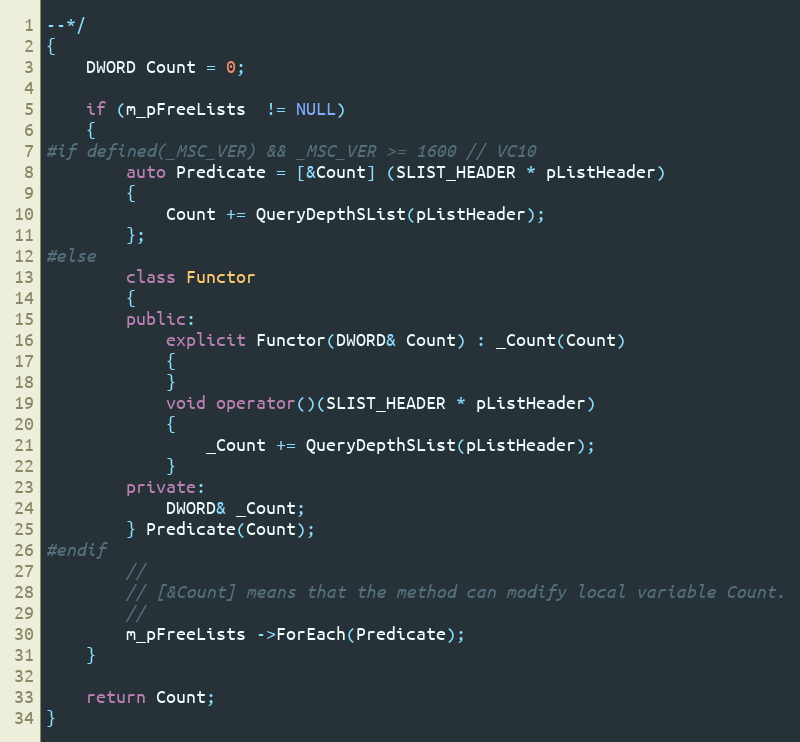
Language: C++
--*/
{
    DWORD Count = 0;

    if (m_pFreeLists  != NULL)
    {
#if defined(_MSC_VER) && _MSC_VER >= 1600 // VC10
        auto Predicate = [&Count] (SLIST_HEADER * pListHeader)
        {
            Count += QueryDepthSList(pListHeader);
        };
#else
        class Functor
        {
        public:
            explicit Functor(DWORD& Count) : _Count(Count)
            {
            }
            void operator()(SLIST_HEADER * pListHeader)
            {
                _Count += QueryDepthSList(pListHeader);
            }
        private:
            DWORD& _Count;
        } Predicate(Count);
#endif
        //
        // [&Count] means that the method can modify local variable Count.
        //
        m_pFreeLists ->ForEach(Predicate);
    }

    return Count;
}